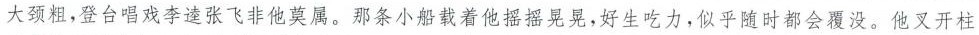
大颈粗，登台唱戏李逵张飞非他莫属。那条小船载着他摇摇晃晃，好生吃力，似乎随时都会覆没。他叉开柱